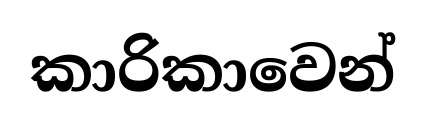
කාරිකාවෙන්